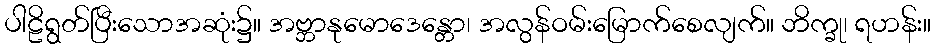
ပါဠိရွတ်ပြီးသောအဆုံး၌။ အဗ္ဘာနုမောဒေန္တော၊ အလွန်ဝမ်းမြောက်စေလျက်။ ဘိက္ခု၊ ရဟန်း။